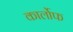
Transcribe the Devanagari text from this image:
कार्लोफ